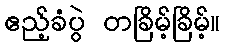
ဧည့်ခံပွဲ တခြိမ့်ခြိမ့်။